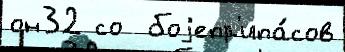
он32 со  боjепр'ипа́сов